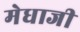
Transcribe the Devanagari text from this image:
मेधाजी